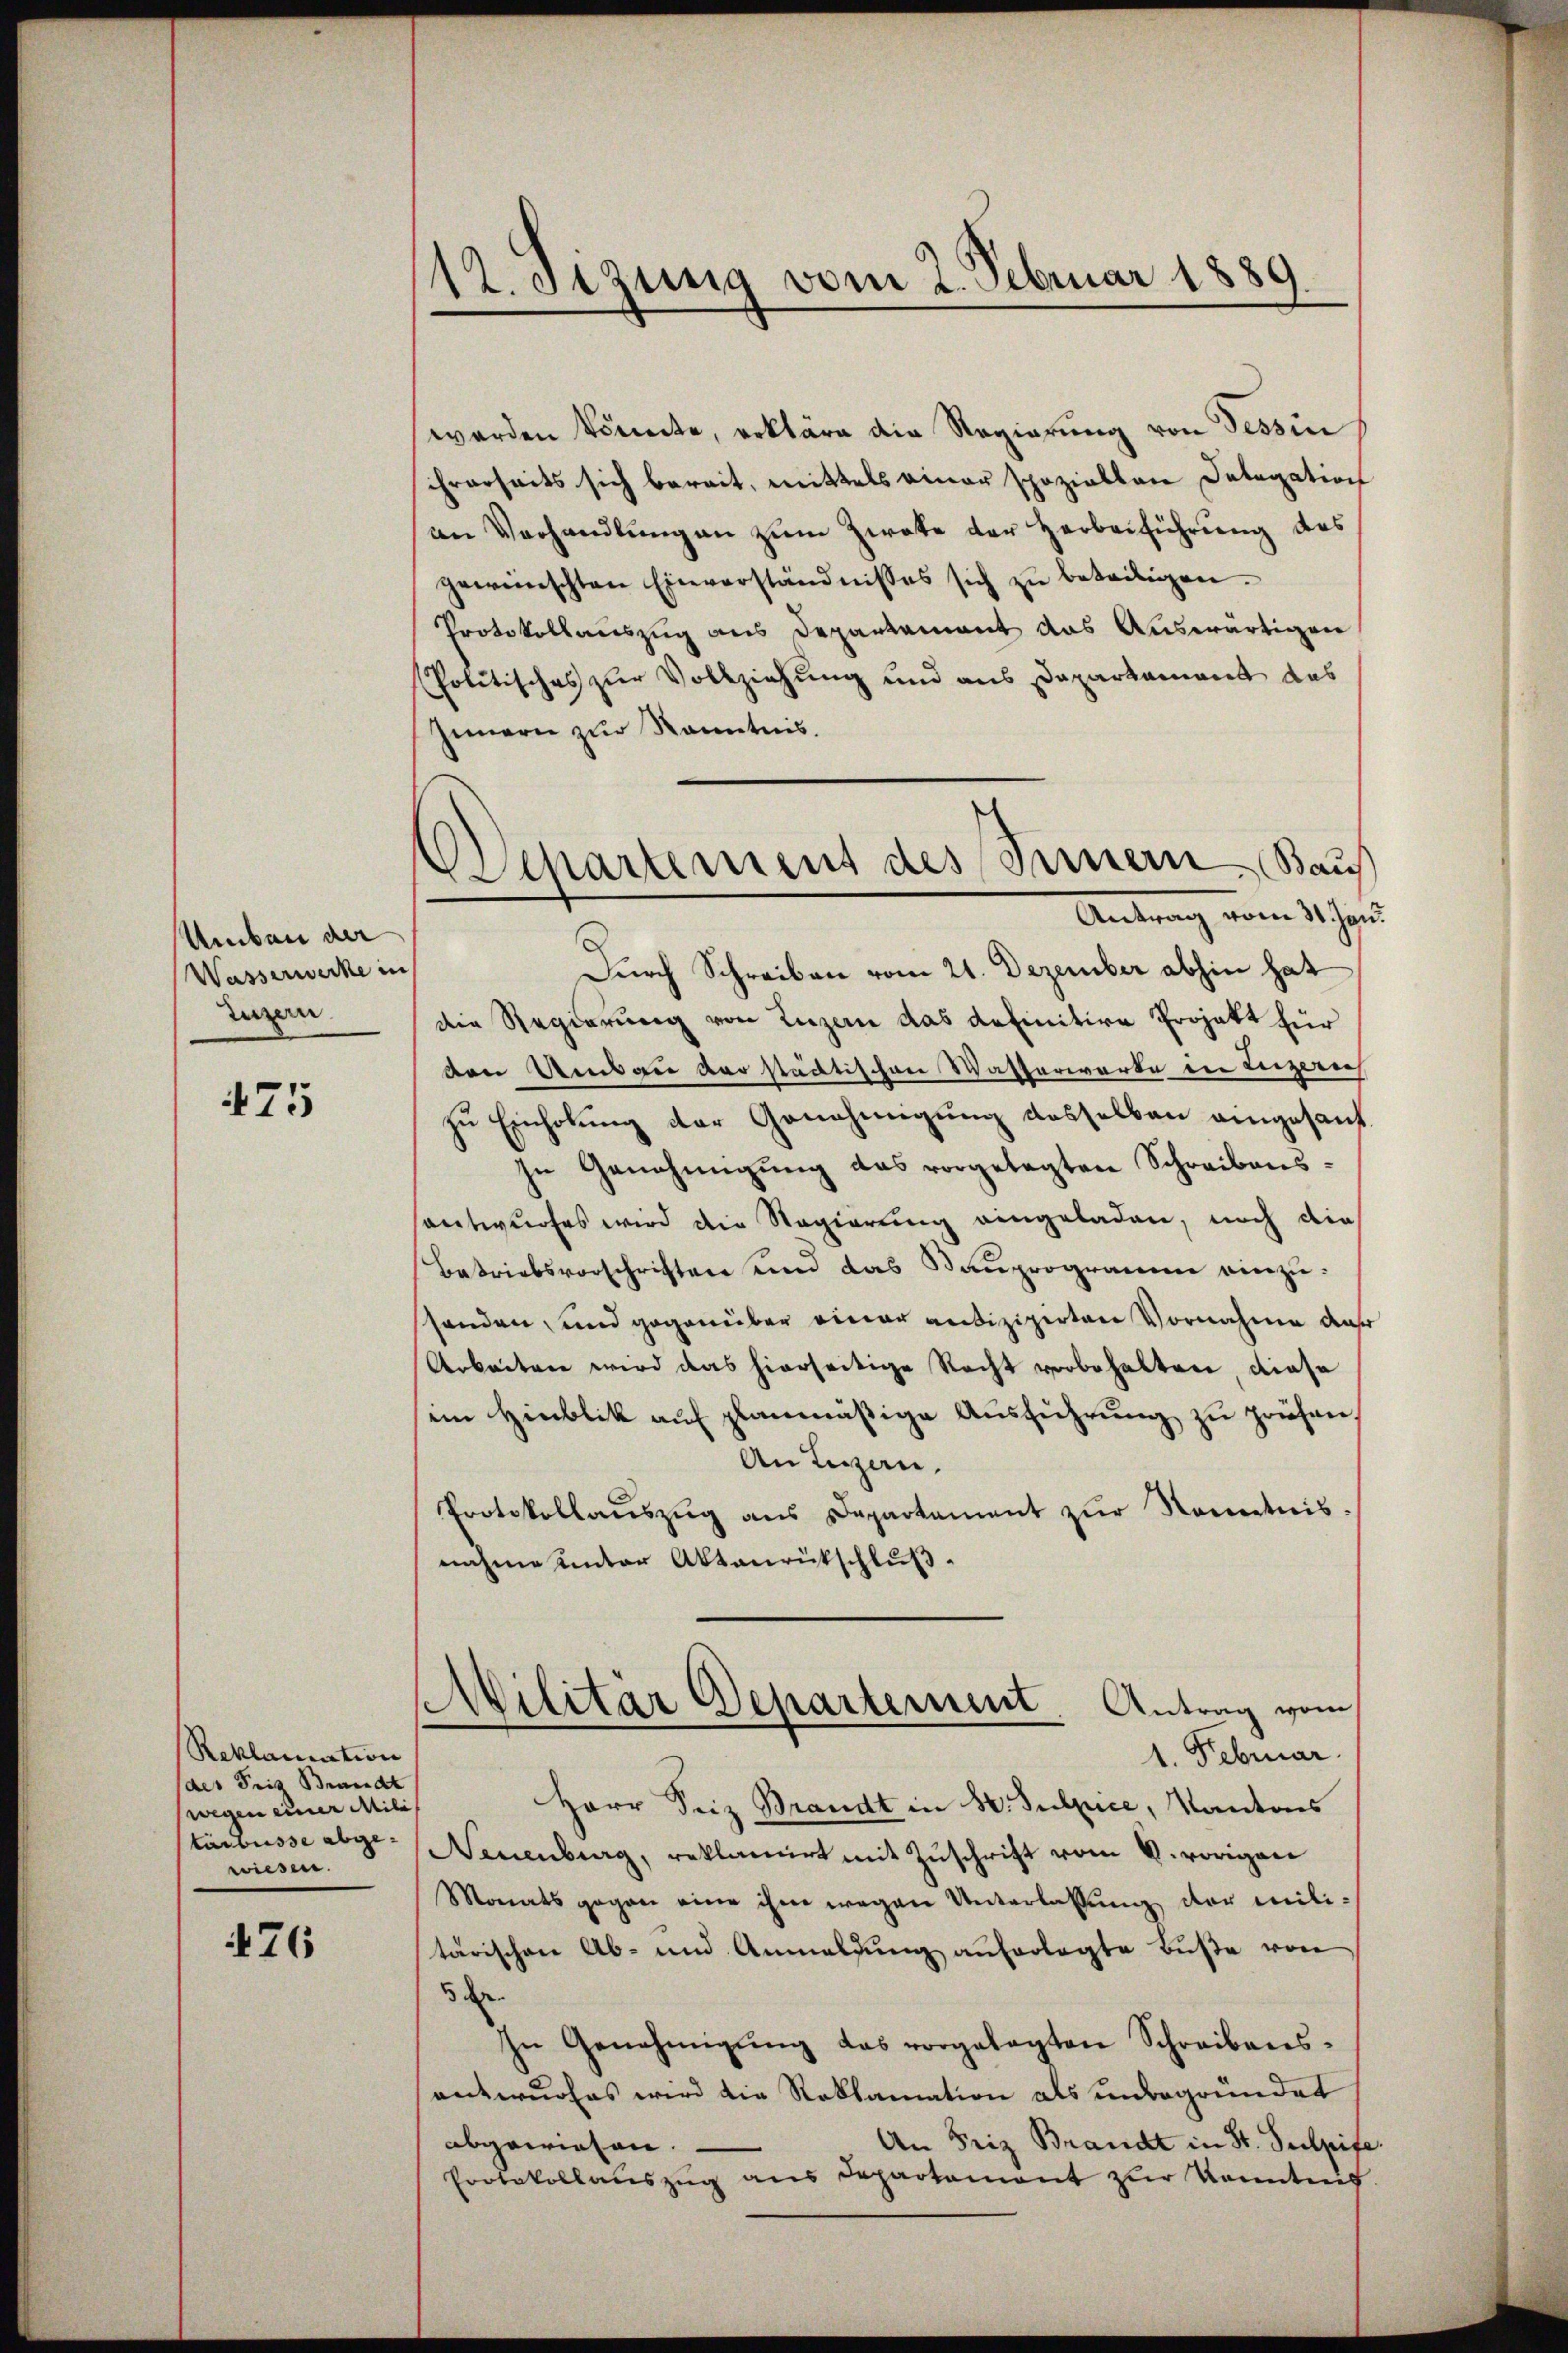
Umbau der
Wasserwecke in
Luzern

475

Reklamation
des Seiz Brandt
wegen einer Mili
tärbüsse abgewiesen.

76

12. Sitzung vom 2. Februar 1889

epartement des Innern Baus
Antrag vom 31. Jan

werden könnte, erkläre die Regierung von Tessin
ihrerseits sich bereit, mittels einer speziellen Datogation
an Verhandlŭngen zŭm Zwete der Herbeiführung des
gewünschten Einverständnisses sich zu beteiligen.
Protokollauszug aus Departement das Auswärtigen
Politisches zur Vollziehung und aus Daparkament das
Innern zur Kenntnis.
Durch Schreiben vom 21. Dezember abhin hat
die Regierung von Luzern das definitive Projekt für
den Umbau verstädtischen Wasserwarte in Luzern
zu Einholung der Genehmigung desselben eingesant
In Genehmigŭng das vorgelegten Schreibensantwurfes wird die Regierung eingeladen, noch die
Betriebsvorschriften und das Baŭprogramm einzusenden, und gegenüber einer antizipirten Vornahme daß
Arbeiten wird das hierseitige Recht vorbehalten diese
im Hinblik auf planmäßige Ausführung zu prüfen,
An Luzern,
Protokollaŭszŭg ans Departament zŭr Nometnis.
nahme unter Aktanrückschluß.
Militär Departement. Antrag vom
1. Februar.
Herr Seiz Brandt in H. Sulpice, Kantons
Neuenburg, reklamirt mit Zuschrift vom 4. vorigen
Monats gegen eine ihm wegen Unterlassung der militärischen Ab- und Anmeldŭng auferlegte Buße von
5
In Genehmigŭng das vorgelegten Schreibens-
antwurfes wird die Reklamation als unbegründet
abgewiesen.
An Friz Brandt in St. Sulpife
Protokollaŭszŭg ans Departement zŭr Kenntnis

.